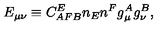
E _ { \mu \nu } \equiv C _ { A F B } ^ { E } n _ { E } n ^ { F } g _ { \mu } ^ { A } g _ { \nu } ^ { B } ,